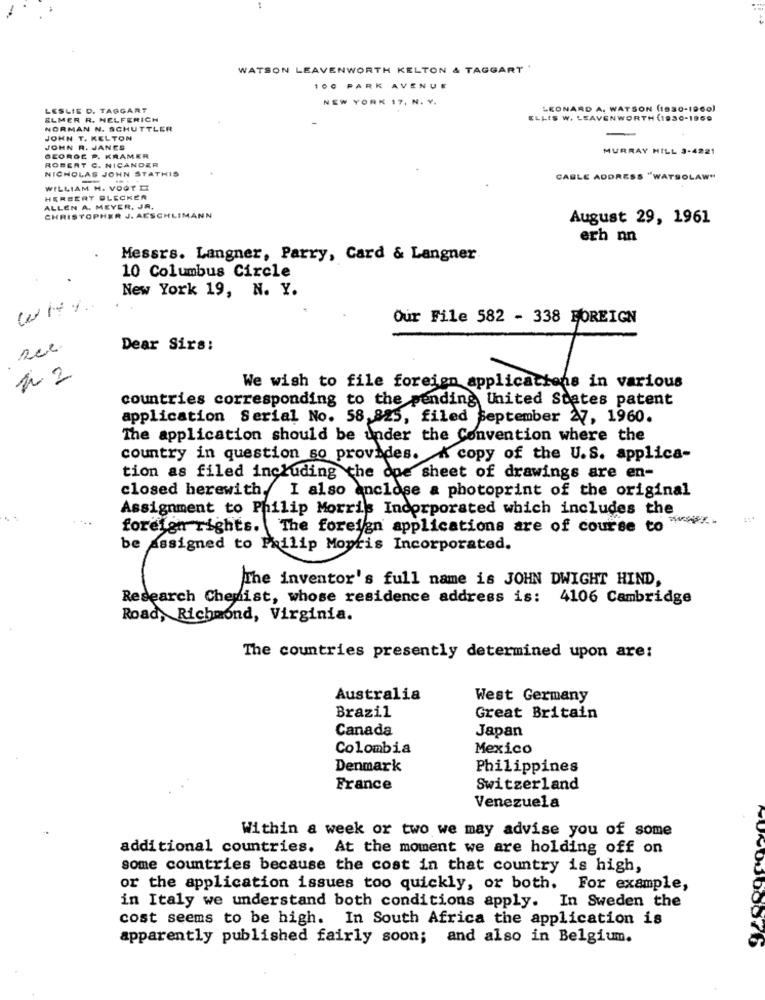
-.
WATSON LEAVENWORTH KELTON & TAGGART '
100 PARK AVENUE
NEW YORK 17, N. Y.
LESLIE D. TAGGART
LEONARD A. WATSON (1930-1960)
ELMER R. HELFERICH
ELLIS W. LEAVENWORTH (1930-1960
NORMAN N. SCHUTTLER
JOHN T. KELTON
JOHN R. JANES
MURRAY HILL 3-4221
GEORGE P. KRAMER
ROBERT C. NICANDER
NICHOLAS JOHN STATHIS
-
CABLE ADDRESS "WATSOLAW"
WILLIAM H. VOOT D
HERBERT BLECKEN
ALLEN A. MEYER, JR.
CHRISTOPHER J. AESCHLIMANN
August 29, 1961
erh nn
Messrs. Langner, Parry, Card & Langner
10 Columbus Circle
New York 19, N. Y.
why
Our File 582 - 338 FOREIGN
Ree
Dear Sirs:
We wish to file foreign applications in various
countries corresponding to the pending United States patent
spliced se
application Serial No. 58,825, filed september 27, 1960.
The application should be under the Convention where the
country in question so provides. A copy of the U.S. applica-
tion as filed including the ope sheet of drawings are en-
closed herewith. I also anclose a photoprint of the original
Assignment to Philip Morris Incorporated which includes the
foreign rights. The foreign applications are of course to
be Assigned to Failip Mopris Incorporated.
The inventor's full name is JOHN DWIGHT HIND,
Research Chemist, whose residence address is: 4106 Cambridge
Road, Richmond, Virginia.
The countries presently determined upon are:
Australia
West Germany
Brazil
Great Britain
Canada
Japan
Colombia
Mexico
Denmark
Philippines
France
Switzerland
Venezuela
Within a week or two we may advise you of some
additional countries. At the moment we are holding off on
some countries because the cost in that country is high,
or the application issues too quickly, or both. For example,
in Italy we understand both conditions apply. In Sweden the
cost seems to be high. In South Africa the application is
apparently published fairly soon; and also in Belgium.